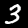
Digit: 3